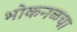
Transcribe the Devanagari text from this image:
भोकनळचा